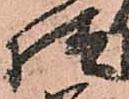
様